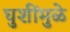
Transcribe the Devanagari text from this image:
घुशींमुळे